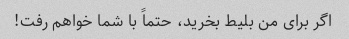
اگر برای من بلیط بخرید، حتماً با شما خواهم رفت!